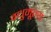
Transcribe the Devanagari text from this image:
वधुमूल्य